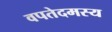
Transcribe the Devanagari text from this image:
वपतेदमस्य